Vaccination in Bombay 1924-1928 - 1924-1928
Year: 1924
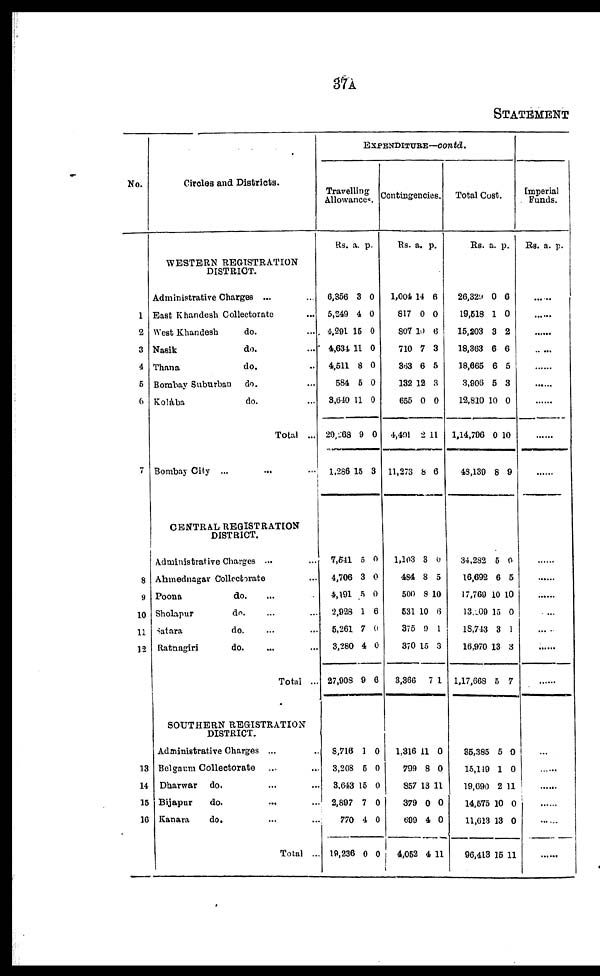
37A
STATEMENT
No.
1
2
3
4
5
6
7
8
9
10
11
12
13
14
15
16
Circles and Districts.
WESTERN REGISTRATION
DISTRICT.
Administrative Charges ... ...
East Khandesh Collectorate ...
West Khandesh
do. ...
Nasik
do. ...
Thana
do. ...
Bombay Suburban
do. ...
Kolába
do. ...
Total ...
Bombay City
... ... ...
CENTRAL REGISTRATION
DISTRICT.
administrative Charges ... ...
Ahmednagar Collectorate ...
Poona
do. ... ...
Sholapur
do. ... ...
Satara
do. ... ...
Ratnagiri
do. ... ...
Total ...
SOUTHERN REGISTRATION
DISTRICT.
Administrative Charges ... ...
Belgaum Collectorate ... ...
Dharwar
do. ... ...
Bijapur
do. ... ...
Kanara
do. ... ...
Total ...
EXPENDITURE—contd.
Travelling
Allowances.
Rs.
6,356
5,549
4,291
4,634
4,511
584
8,640
29,268
1,286
a.
3
4
15
11
8
5
11
9
15
p.
0
0
0
0
0
0
0
0
3
7,541
4,706
4,191
2,928
6,261
3,280
27,908
5
3
5
1
7
4
9
0
0
0
6
0
0
6
8,716
3,268
3,643
2,897
770
19,236
1
5
15
7
4
0
0
0
0
0
0
0
Contingencies.
Rs.
1,004
817
807
710
363
132
655
4,491
11,276
a.
14
0
10
7
6
12
0
2
8
p.
6
0
6
3
5
3
0
11
6
1,103
484
500
531
375
370
3,366
3
8
8
10
9
15
7
0
5
10
6
1
3
1
1,316
799
857
379
699
4,052
11
8
13
0
4
4
0
0
11
0
0
11
Total Cost.
Rs.
26,329
19,518
15,203
18,363
18,665
3,906
12,810
1,14,796
48,139
a.
0
1
3
6
6
5
10
0
8
p.
0
0
2
6
5
3
0
10
9
34,282
16,692
17,769
13,009
18,743
16,970
1,17,668
5
6
10
15
3
13
5
0
5
10
0
1
3
7
85,385
15,119
19,690
14,575
11,613
96,413
5
1
2
10
13
15
0
0
11
0
0
11
Imperial
Funds.
Rs. a. p.
......
......
......
......
......
......
......
......
......
......
......
......
......
......
...
......
......
......
......
......